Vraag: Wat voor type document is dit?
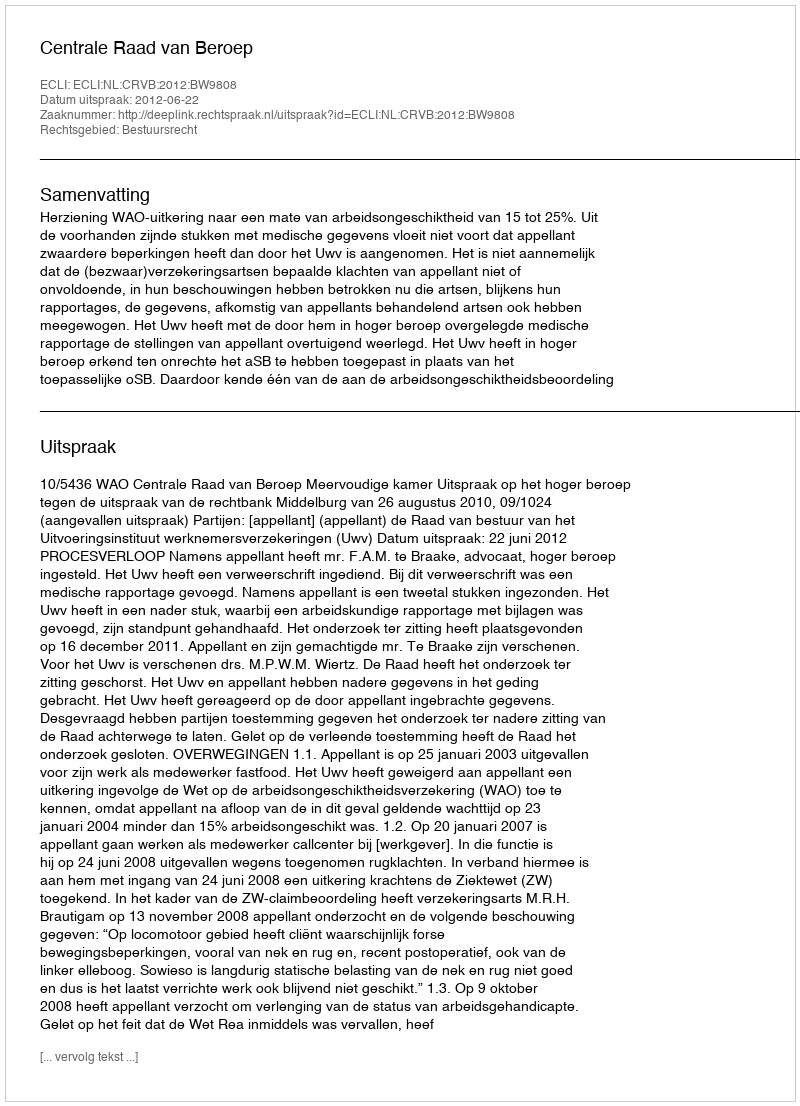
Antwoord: Uitspraak